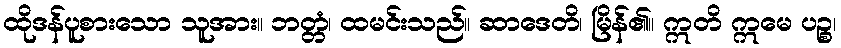
ထိုဒန်ပူစားသော သူအား။ ဘတ္တံ၊ ထမင်းသည်။ ဆာဒေတိ၊ မြိန်၏။ ဣတိ ဣမေ ပဉ္စ၊